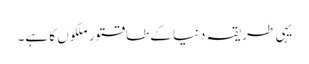
یہی طریقہ دنیا کے طاقتور ملکوں کا ہے۔